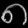
Digit: ၈